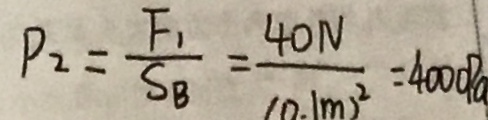
P _ { 2 } = \frac { F _ { 1 } } { S _ { B } } = \frac { 4 0 N } { ( 0 . 1 m ^ { 2 } ) } = 4 0 0 0 P a